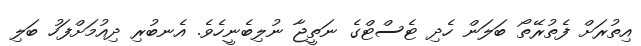
އިތުރަށް ފެތުރޭތޯ ބަލަން ހެދި ޓެސްޓްގެ ނަތީޖާ ނުލިބެނީހެވެ. އެނބުރި ދިއުމަށްފަހު ބަލި